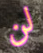
لن